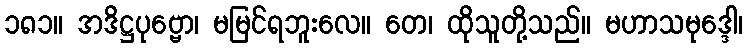
၁၈၁။ အဒိဋ္ဌပုဗ္ဗော၊ မမြင်ရဘူးလေ။ တေ၊ ထိုသူတို့သည်။ မဟာသမုဒ္ဒေါ၊